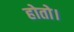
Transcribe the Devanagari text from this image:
होतो।